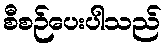
စီစဉ်ပေးပါသည်